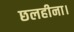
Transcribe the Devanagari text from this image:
छलहीना।